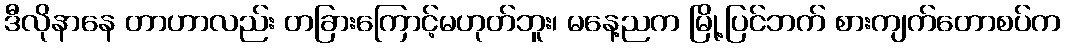
ဒီလိုနာနေ တာဟာလည်း တခြားကြောင့်မဟုတ်ဘူး၊ မနေ့ညက မြို့ပြင်ဘက် စားကျက်တောစပ်က